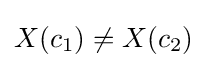
X(c_{1})\neq X(c_{2})